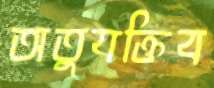
অতুযক্তিব